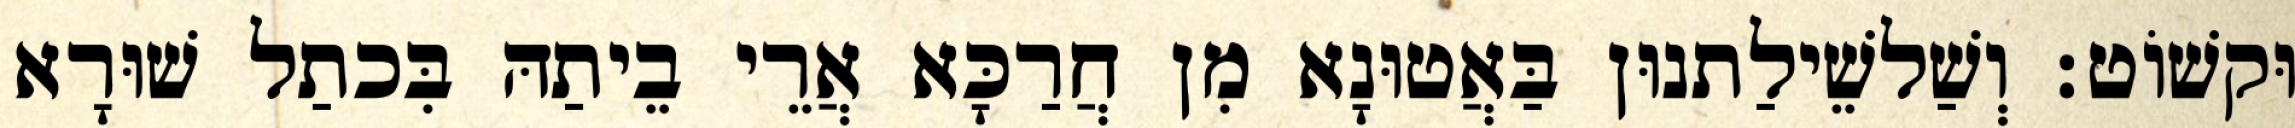
וּקשׁוֹט׃ וְשַׁלשֵׁילַתנוּן בַּאֲטוּנָא מִן חֲרַכָּא אֲרֵי בֵיתַהּ בִּכתַל שׁוּרָא